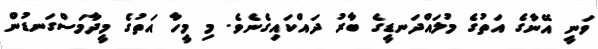
ވަނީ އޭނާގެ އަތުގެ މުލައްދަނޑީގެ ބާރު ދައްކައިގެނެވެ. މި މީހާ އަތުގެ މީދާމަސްގަނޑުން